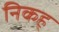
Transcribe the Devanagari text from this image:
निकह्